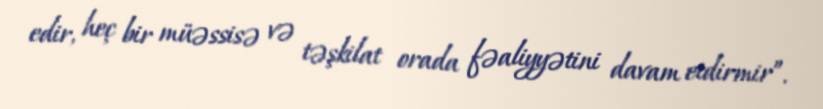
edir, heç bir müəssisə və təşkilat orada fəaliyyətini davam etdirmir”.